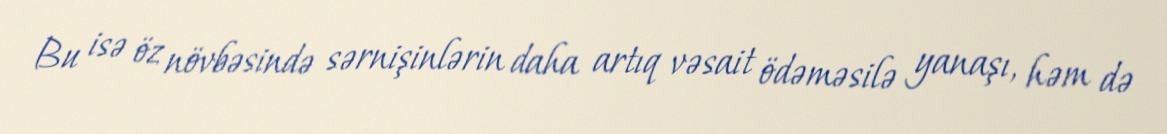
Bu isə öz növbəsində sərnişinlərin daha artıq vəsait ödəməsilə yanaşı, həm də